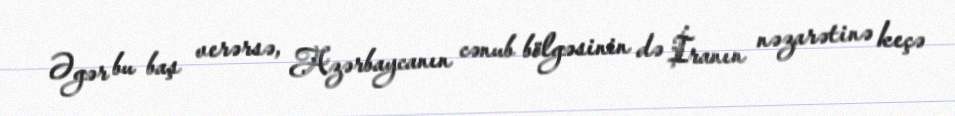
Əgər bu baş verərsə, Azərbaycanın cənub bölgəsinin də İranın nəzarətinə keçə